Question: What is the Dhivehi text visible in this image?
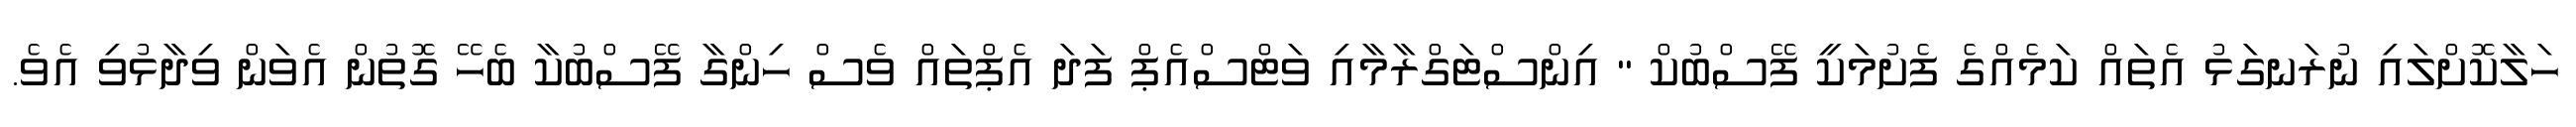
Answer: ހަލާކޮށްލައި ނުރަނގަޅު އެތައް ކަމެއްގެ ފެށުމަކީ ފޭސްބުކް " އިންސްޓަގްރާމާއި ވަޓްސްއެޕް ފަދަ އެޕްތައް ވެސް ހިންގާ ފޭސްބުކާ ބެހޭ ގޮތުން އެވަން ވިދާޅުވި އެވެ.